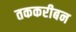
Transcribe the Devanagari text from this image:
तककरीबन